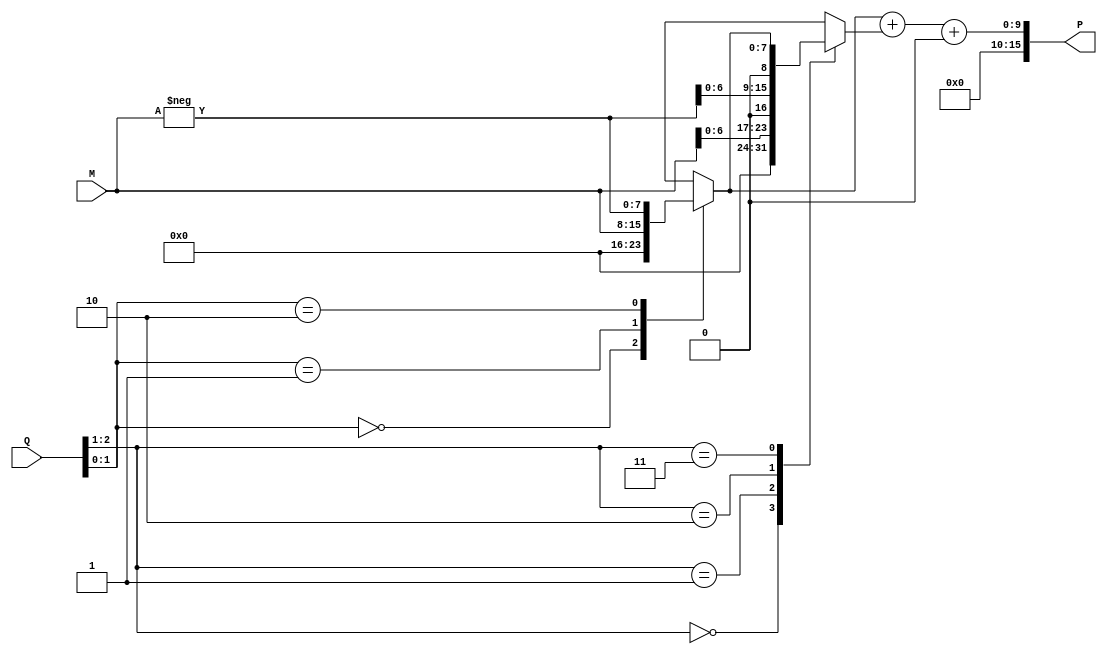
module booth_multiplier #(parameter WIDTH = 8) (
    input signed [WIDTH-1:0] M, // Multiplicand
    input signed [WIDTH-1:0] Q, // Multiplier
    output reg signed [2*WIDTH-1:0] P // Product
);

    reg [WIDTH-1:0] partial_products [0:WIDTH]; // Array to hold partial products
    reg [WIDTH:0] Q_temp; // Extended multiplier for Booth encoding
    integer i;

    // Booth Encoding and Partial Product Generation
    always @(*) begin
        // Initialize partial products to zero
        for (i = 0; i < WIDTH; i = i + 1) begin
            partial_products[i] = 0;
        end

        // Extend Q for Booth encoding
        Q_temp = {1'b0, Q}; // Add an extra bit for the Booth algorithm

        // Generate partial products based on Booth's algorithm
        for (i = 0; i < WIDTH; i = i + 1) begin
            case (Q_temp[i+1:i])
                2'b00: partial_products[i] = 0;                  // No product
                2'b01: partial_products[i] = M << i;             // Add M shifted
                2'b10: partial_products[i] = -M << i;            // Subtract M shifted
                2'b11: partial_products[i] = partial_products[i-1]; // Maintain previous
            endcase
        end
    end

    // Wallace Tree Reduction
    wire [2*WIDTH-1:0] sum [0:WIDTH-1]; // Sum wires for Wallace tree
    wire [WIDTH-1:0] carry [0:WIDTH-1]; // Carry wires for Wallace tree

    // Initial addition of partial products
    always @(*) begin
        // Initialize sum and carry
        for (i = 0; i < WIDTH; i = i + 1) begin
            sum[i] = 0;
            carry[i] = 0;
        end

        // First stage of Wallace tree
        for (i = 0; i < WIDTH; i = i + 1) begin
            if (i < WIDTH) begin
                sum[i] = partial_products[i];
            end
        end

        // Wallace tree reduction
        // This is a simplified version; a complete implementation would require multiple stages
        for (i = 0; i < WIDTH-1; i = i + 1) begin
            {carry[i], sum[i]} = sum[i] + sum[i+1]; // Add pairs of sums
        end

        // Final addition to get the product
        P = sum[0] + carry[0]; // Final product
    end

endmodule